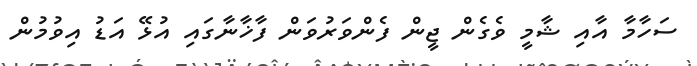
ސަހާމާ އާއި ޝާމީ ވެގެން ޖީން ފެންވަރުވަން ފާޚާނާގައި އުޅޭ އަޑު އިވުމުން